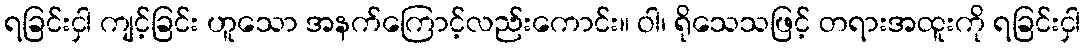
ရခြင်းငှါ ကျင့်ခြင်း ဟူသော အနက်ကြောင့်လည်းကောင်း။ ဝါ၊ ရိုသေသဖြင့် တရားအထူးကို ရခြင်းငှါ